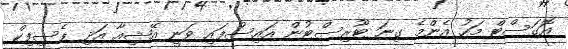
އޮގަސްޓް މަހު އެންމެ ގިނަ ޓޫރިސްޓުން އައިސްފައި ވަނީ އޭޝިއާ އަދި ޕެސިފިކް